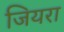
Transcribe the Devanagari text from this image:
जियरा